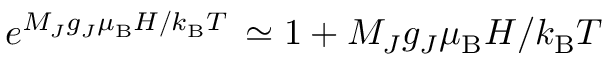
e ^ { M _ { J } g _ { J } \mu _ { \mathrm { B } } H / k _ { \mathrm { B } } T \; } \simeq 1 + M _ { J } g _ { J } \mu _ { \mathrm { B } } H / k _ { \mathrm { B } } T